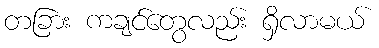
တခြား ကချင်တွေလည်း ရှိလာမယ်